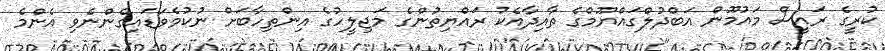
ކުރީގެ ރައީސް މައުމޫން އަބްދުލްގައްޔޫމްގެ ތާއިދާއެކު ރައްޔިތުންގެ މަޖިލީހުގެ އިންތިހާބަށް ނުކުމެވަޑައިގެންނެވި އެންމެ